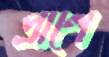
প্রাণে